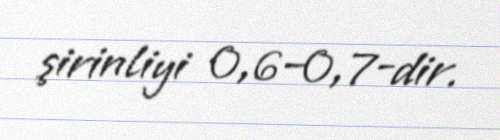
şirinliyi 0,6–0,7-dir.